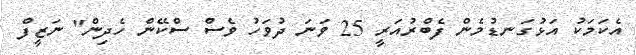
އެކަމަކު އަޅުގަނޑުމެން ފެބްރުއަރީ 25 ވަނަ ދުވަހު ވެސް ސްކޭން ހެދިން" ނަޒީފް